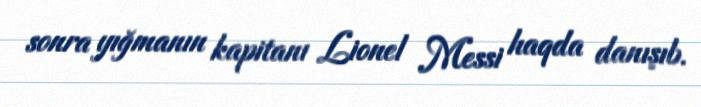
sonra yığmanın kapitanı Lionel Messi haqda danışıb.